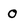
Character: o